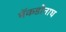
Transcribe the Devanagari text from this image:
मॅकडोनाघ